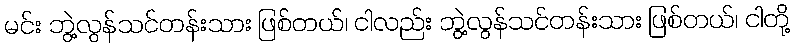
မင်း ဘွဲ့လွန်သင်တန်းသား ဖြစ်တယ်၊ ငါလည်း ဘွဲ့လွန်သင်တန်းသား ဖြစ်တယ်၊ ငါတို့